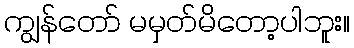
ကျွန်တော် မမှတ်မိတော့ပါဘူး။